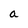
Character: a